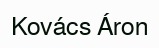
Kovács Áron